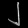
Digit: ၂